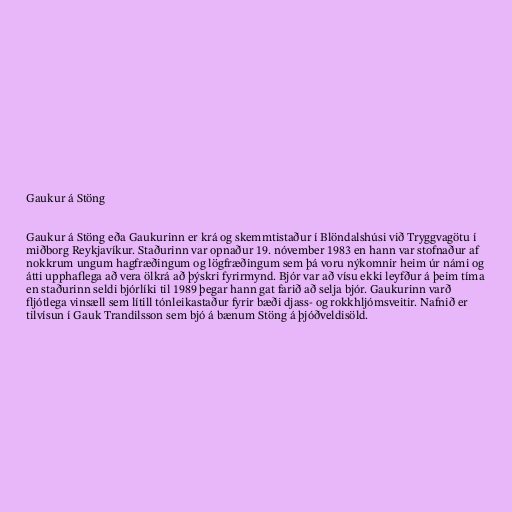
Gaukur á Stöng

Gaukur á Stöng eða Gaukurinn er krá og skemmtistaður í Blöndalshúsi við Tryggvagötu í
miðborg Reykjavíkur. Staðurinn var opnaður 19. nóvember 1983 en hann var stofnaður af
nokkrum ungum hagfræðingum og lögfræðingum sem þá voru nýkomnir heim úr námi og
átti upphaflega að vera ölkrá að þýskri fyrirmynd. Bjór var að vísu ekki leyfður á þeim tíma
en staðurinn seldi bjórlíki til 1989 þegar hann gat farið að selja bjór. Gaukurinn varð
fljótlega vinsæll sem lítill tónleikastaður fyrir bæði djass- og rokkhljómsveitir. Nafnið er
tilvísun í Gauk Trandilsson sem bjó á bænum Stöng á þjóðveldisöld.